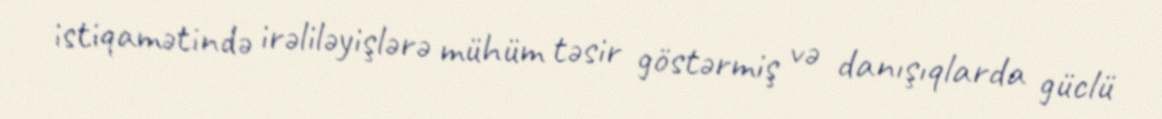
istiqamətində irəliləyişlərə mühüm təsir göstərmiş və danışıqlarda güclü